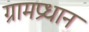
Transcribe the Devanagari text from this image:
ग्रामप्रधान